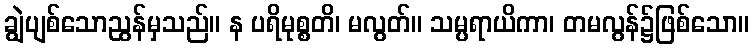
ချွဲပျစ်သောညွန်မှသည်။ န ပရိမုစ္စတိ၊ မလွတ်။ သမ္ပရာယိကာ၊ တမလွန်၌ဖြစ်သော။